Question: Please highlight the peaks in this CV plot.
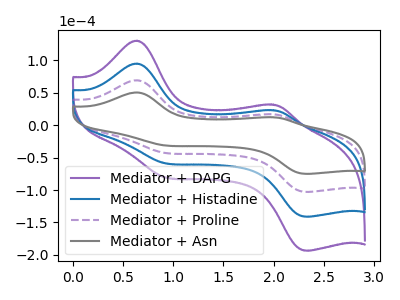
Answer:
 <answer>The purple curve "Mediator + DAPG" has anodic peaks at (0.65V, 208.05uA) (2.00V, 50.95uA) and cathodic peaks at (0.90V, -125.30uA) (2.35V, -308.00uA). The blue curve "Mediator + Histadine" has anodic peaks at (0.65V, 138.70uA) (2.00V, 33.95uA) and cathodic peaks at (0.90V, -83.55uA) (2.35V, -205.35uA). The purple dashed curve "Mediator + Proline" has anodic peaks at (0.65V, 69.35uA) (2.00V, 17.00uA) and cathodic peaks at (0.90V, -41.75uA) (2.35V, -102.65uA). The gray curve "Mediator + Asn" has anodic peaks at (0.65V, 50.55uA) (2.00V, 12.40uA) and cathodic peaks at (0.90V, -30.45uA) (2.35V, -74.85uA).</answer>
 <eval></eval>